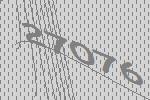
27076